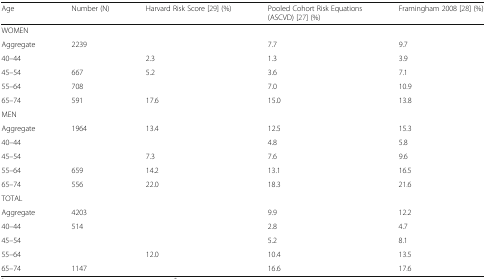
<table><thead><tr><td><b>Age</b></td><td><b>Number (N)</b></td><td><b>Harvard Risk Score [29] (%)</b></td><td><b>Pooled Cohort Risk Equations (ASCVD) [27] (%)</b></td><td><b>Framingham 2008 [28] (%)</b></td></tr></thead><tbody><tr><td colspan="5">WOMEN</td></tr><tr><td>Aggregate</td><td>2239</td><td>[EMPTY_CELL]</td><td>7.7</td><td>9.7</td></tr><tr><td>40–44</td><td>[EMPTY_CELL]</td><td>2.3</td><td>1.3</td><td>3.9</td></tr><tr><td>45–54</td><td>667</td><td>5.2</td><td>3.6</td><td>7.1</td></tr><tr><td>55–64</td><td>708</td><td>[EMPTY_CELL]</td><td>7.0</td><td>10.9</td></tr><tr><td>65–74</td><td>591</td><td>17.6</td><td>15.0</td><td>13.8</td></tr><tr><td colspan="5">MEN</td></tr><tr><td>Aggregate</td><td>1964</td><td>13.4</td><td>12.5</td><td>15.3</td></tr><tr><td>40–44</td><td>[EMPTY_CELL]</td><td>[EMPTY_CELL]</td><td>4.8</td><td>5.8</td></tr><tr><td>45–54</td><td>[EMPTY_CELL]</td><td>7.3</td><td>7.6</td><td>9.6</td></tr><tr><td>55–64</td><td>659</td><td>14.2</td><td>13.1</td><td>16.5</td></tr><tr><td>65–74</td><td>556</td><td>22.0</td><td>18.3</td><td>21.6</td></tr><tr><td colspan="5">TOTAL</td></tr><tr><td>Aggregate</td><td>4203</td><td>[EMPTY_CELL]</td><td>9.9</td><td>12.2</td></tr><tr><td>40–44</td><td>514</td><td>[EMPTY_CELL]</td><td>2.8</td><td>4.7</td></tr><tr><td>45–54</td><td>[EMPTY_CELL]</td><td>[EMPTY_CELL]</td><td>5.2</td><td>8.1</td></tr><tr><td>55–64</td><td>[EMPTY_CELL]</td><td>12.0</td><td>10.4</td><td>13.5</td></tr><tr><td>65–74</td><td>1147</td><td>[EMPTY_CELL]</td><td>16.6</td><td>17.6</td></tr></tbody></table>